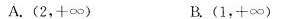
A.(2，+∞) B.(1，+∞)